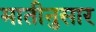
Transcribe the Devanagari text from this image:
मातीनुसार